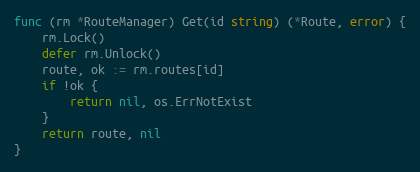
Language: Go
func (rm *RouteManager) Get(id string) (*Route, error) {
	rm.Lock()
	defer rm.Unlock()
	route, ok := rm.routes[id]
	if !ok {
		return nil, os.ErrNotExist
	}
	return route, nil
}